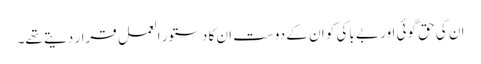
ان کی حق گوئی اور بے باکی کو ان کے دوست ان کا دستور العمل قرار دیتے تھے۔